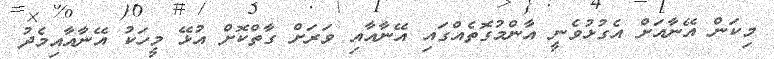
މިކަން އޭނާއަށް އެގުޅުވެނީ އާންމުގޮތެއްގައި އޭނާއާއި ވަރަށް ގާތްކޮށް އުޅޭ މީހަކު އޭނާއާއިމެދު